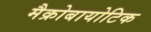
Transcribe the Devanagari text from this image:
मैक्रोबायोटिक